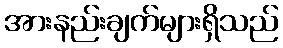
အားနည်းချက်များရှိသည်